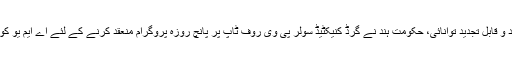
خیال رہے کہ وزارت برائے جدید و قابل تجدید توانائی، حکومت ہند نے گرڈ کنیکٹیڈ سولر پی وی روف ٹاپ پر پانچ روزہ پروگرام منعقد کرنے کے لئے اے ایم یو کو21لاکھ روپئے منظور کئے ہیں۔